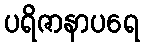
ပရိဇာနာပရေ